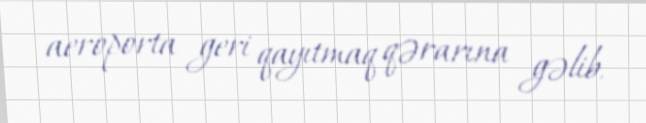
aeroporta geri qayıtmaq qərarına gəlib.